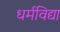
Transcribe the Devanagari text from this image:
धर्मविद्या